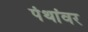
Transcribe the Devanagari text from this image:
पंथांवर